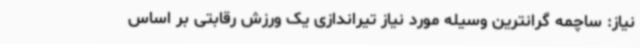
نیاز: ساچمه گرانترین وسیله مورد نیاز تیراندازی یک ورزش رقابتی بر اساس